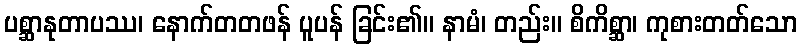
ပစ္ဆာနုတာပဿ၊ နောက်တတဖန် ပူပန် ခြင်း၏။ နာမံ၊ တည်း။ စိကိစ္ဆာ၊ ကုစားတတ်သော